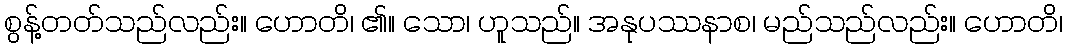
စွန့်တတ်သည်လည်း။ ဟောတိ၊ ၏။ သော၊ ဟူသည်။ အနုပဿနာစ၊ မည်သည်လည်း။ ဟောတိ၊